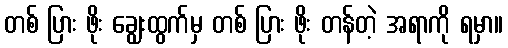
တစ် ပြား ဖိုး ချွေးထွက်မှ တစ် ပြား ဖိုး တန်တဲ့ အရာကို ရမှာ။